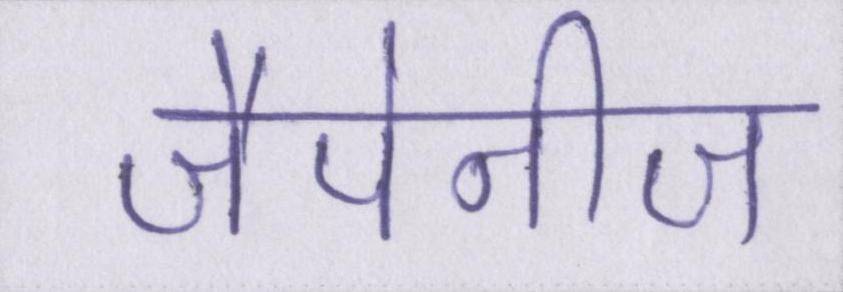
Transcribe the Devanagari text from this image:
जैपेनीज